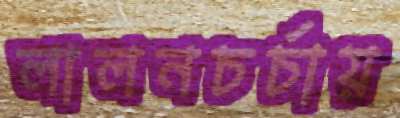
লালনচর্চায়